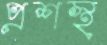
প্রশস্থ